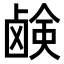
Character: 𫠗